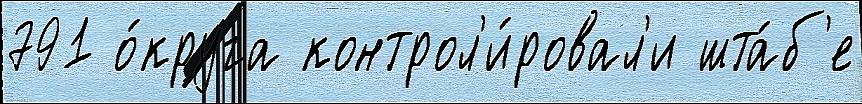
791 о́круга контрол'и́ровал'и шта́б'е